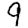
Digit: 9